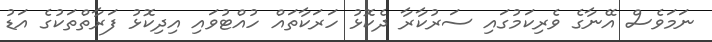
ނަމަވެސް އޭނާގެ ވެރިކަމުގައި ސަރުކާރާ ދެކޮޅު ހަރަކާތައް ހުއްޓުވައި އިދިކޮޅު ފަރާތްތަކުގެ އަޑު